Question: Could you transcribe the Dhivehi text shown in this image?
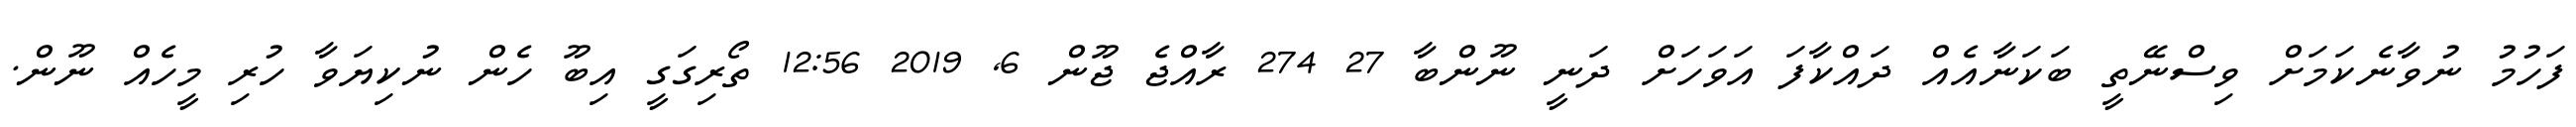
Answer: ފަހުމު ނުވާނެކަމަށް ވިސްނޭތީ ބަކަނާއެއް ދައްކާފަ އަވަހަށް ދަނީ ނޫންބާ 27 274 ރާއްޖެ ޖޫން 6, 2019 12:56 ތޯރިގަގީ އިބޫ ހެން ނުކިޔަވާ ހުރި މީހެއް ނޫން.